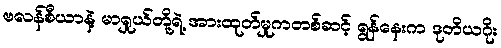
ဗလန်စီယာနဲ့ မာရှုယ်တို့ရဲ့ အားထုတ်မှုကတစ်ဆင့် ရွန်နေးက ဒုတိယဂိုး